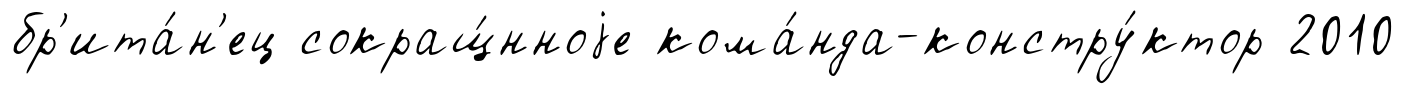
бр'ита́н'ец сокращ́нноjе кома́нда-констру́ктор 2010